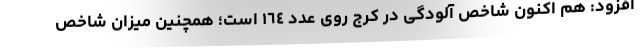
افزود: هم اکنون شاخص آلودگی در کرج روی عدد ١٦٤ است؛ همچنین میزان شاخص